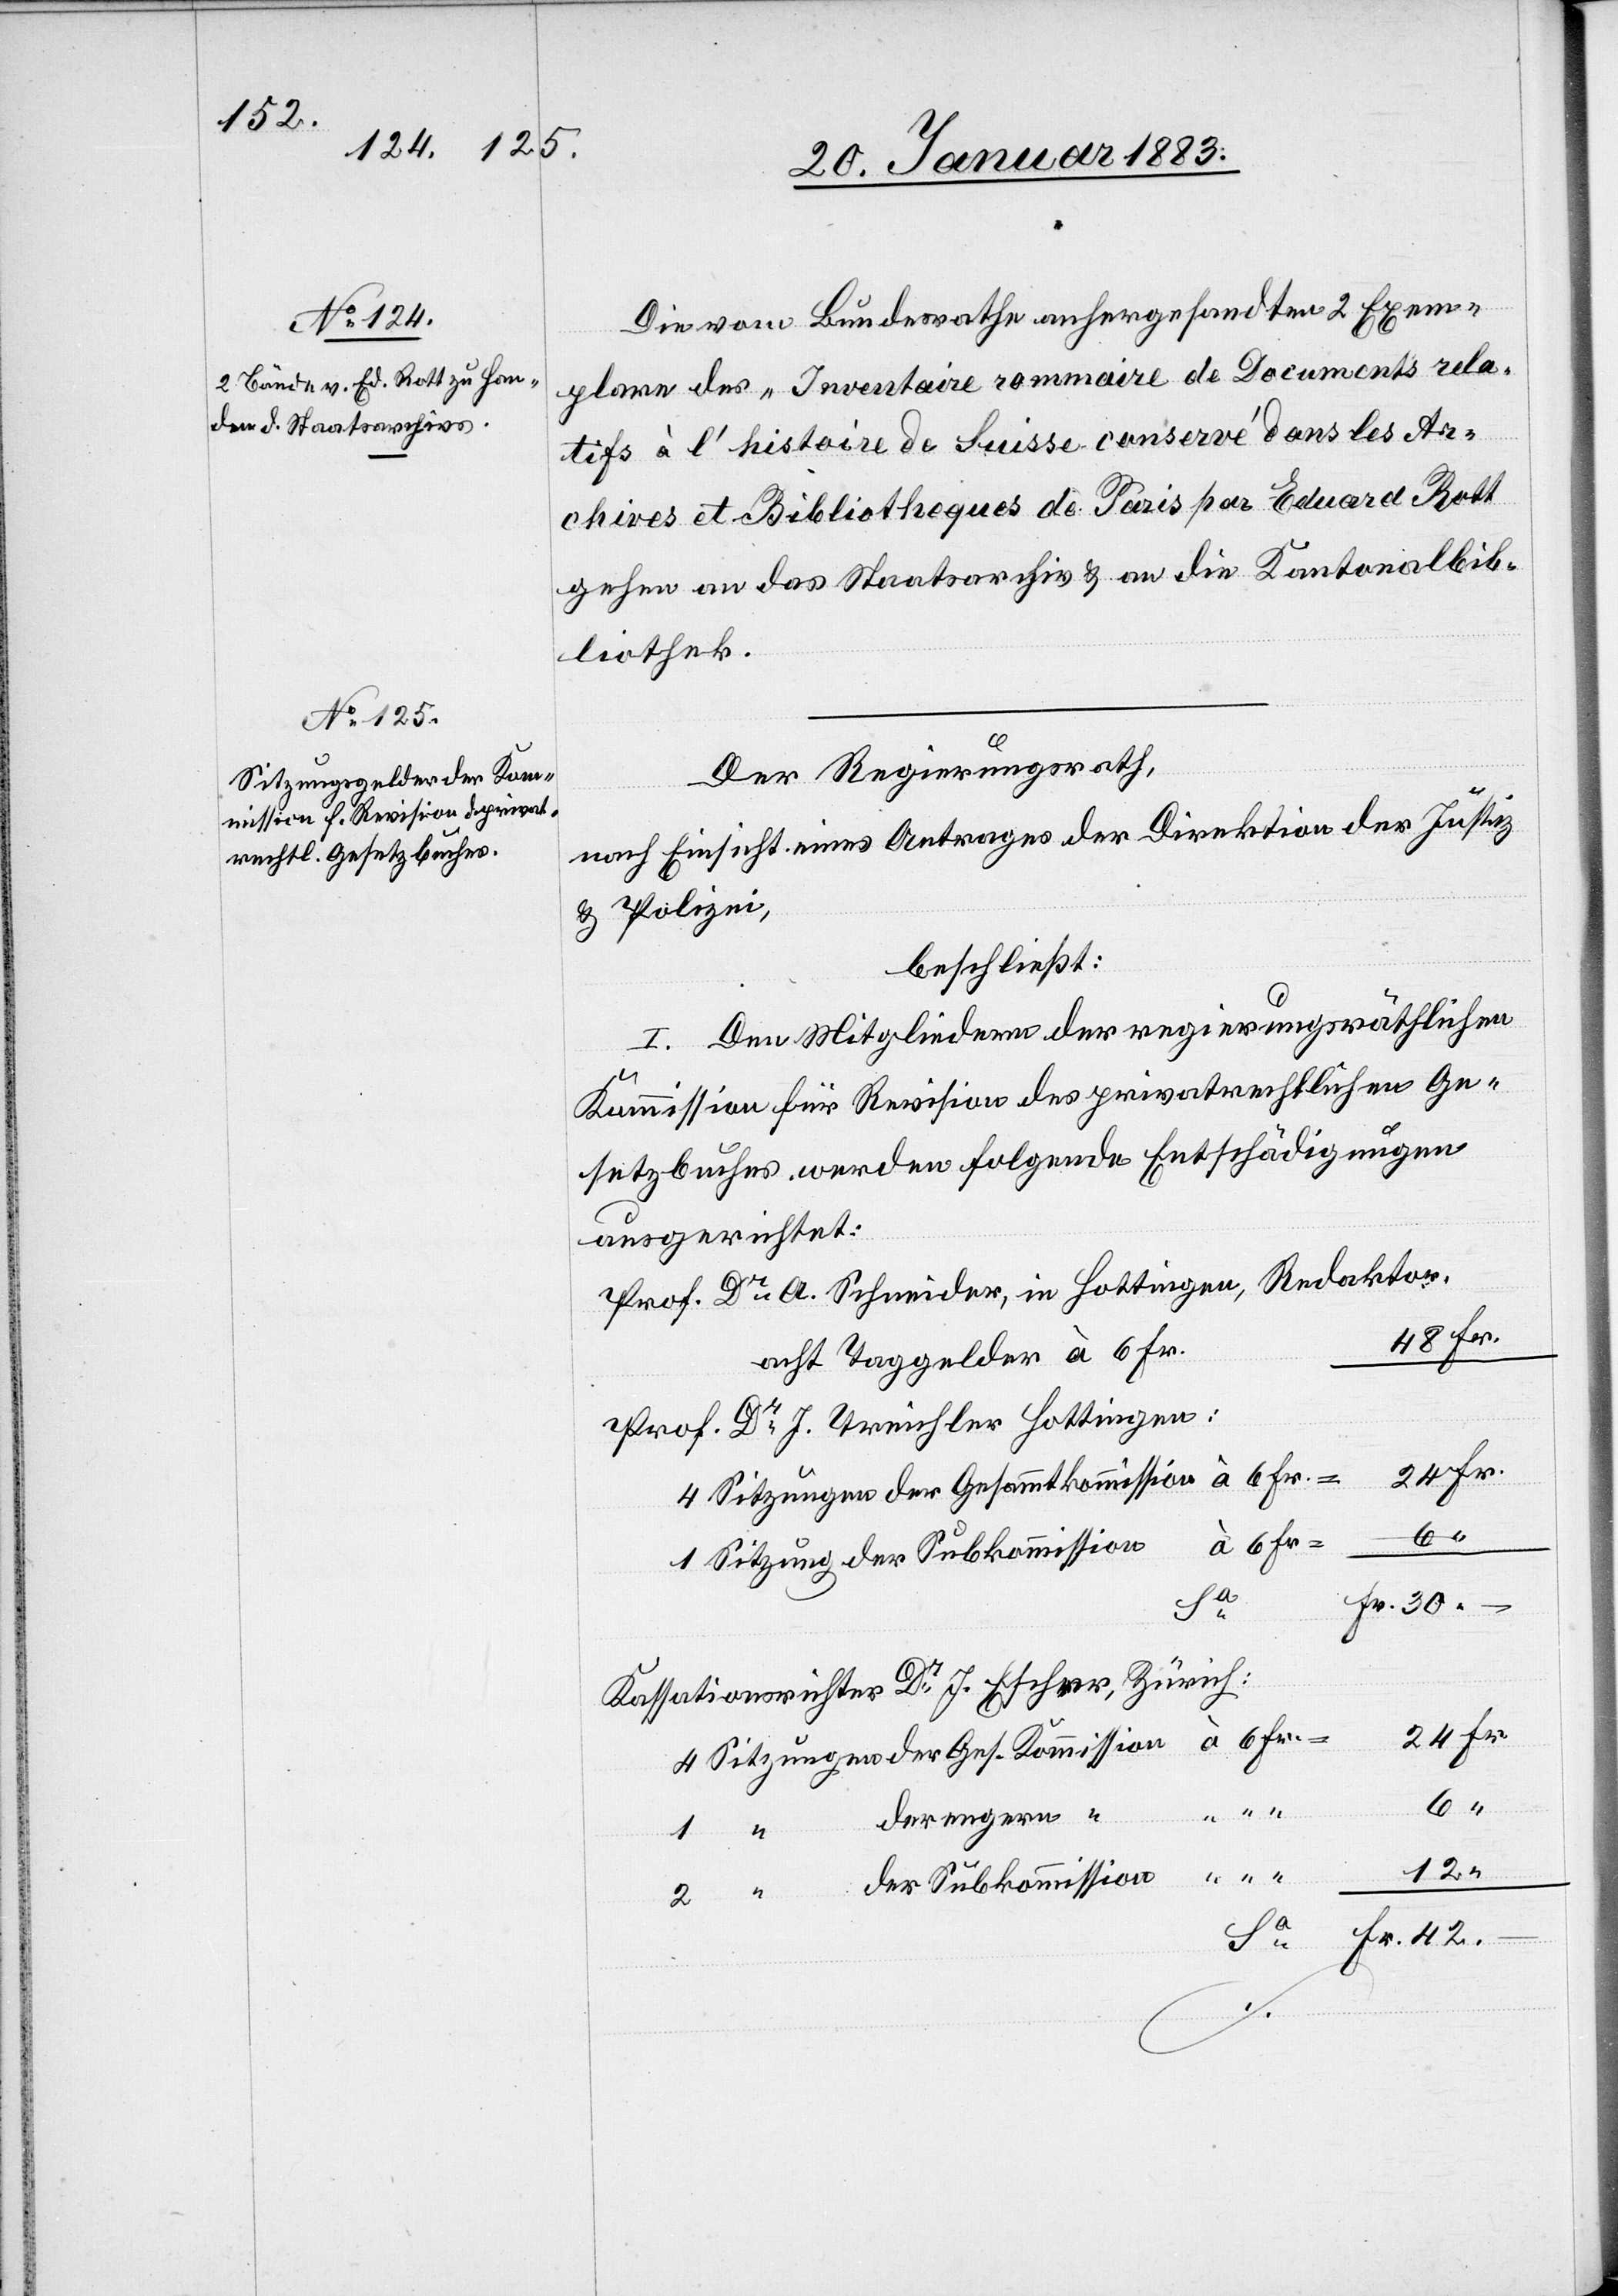
Die vom Bundesrathe anhergesandten 2 Exem¬
plare des „Inventaire sommaire de Documents rela¬
tifs à lʼhistoire de Suisse conservé dans les Ar¬
chives et Bibliotheques des Parisˮ par Eduard Rott
gehen an das Staatsarchiv & an die Kantonalbib¬
liothek.
Der Regierungsrath,
nach Einsicht eines Antrages der Direktion der Justiz
& Polizei,
beschließt:
I. Den Mitgliedern der regierungsräthlichen
Kommission für Revision des privatrechtlichen Ge¬
setzbuches, werden folgende Entschädigungen
ausgerichtet:
Prof. Dr A. Schneider, in Hottingen, Redaktor
acht Taggelder à 6 Fr.
Prof. Dr J. Treichler Hottingen:
4 Sitzungen der Gesammtkommission à 6 Fr.
à 6 Fr.
1 Sitzung der Subkommission
Fr.
Kassationsrichter Dr J. Escher, Zürich:
4 Sitzungen der Ges. Kommission
24
der engern
12
der Subkommission
“ “ “
42.

“